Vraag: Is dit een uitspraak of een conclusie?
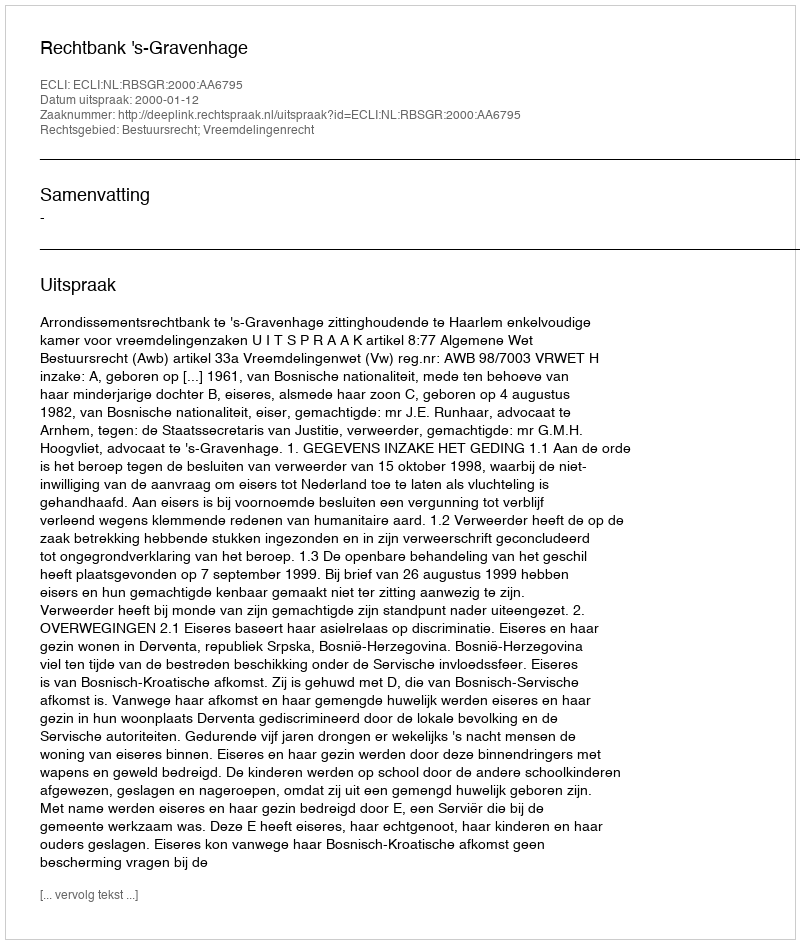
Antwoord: Uitspraak